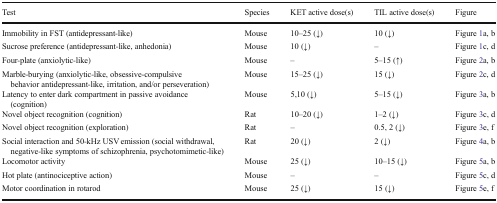
| Test | Species | KET active dose(s) | TIL active dose(s) | Figure |
 | --- | --- | --- | --- | --- |
 | Immobility in FST (antidepressant-like) | Mouse | 10–25 (↓) | 10 (↓) | Figure 1a, b |
 | Sucrose preference (antidepressant-like, anhedonia) | Mouse | 10 (↓) | – | Figure 1c, d |
 | Four-plate (anxiolytic-like) | Mouse | – | 5–15 (↑) | Figure 2a, b |
 | Marble-burying (anxiolytic-like, obsessive-compulsive behavior antidepressant-like, irritation, and/or perseveration) | Mouse | 15–25 (↓) | 15 (↓) | Figure 2c, d |
 | Latency to enter dark compartment in passive avoidance (cognition) | Mouse | 5,10 (↓) | 5–15 (↓) | Figure 3a, b |
 | Novel object recognition (cognition) | Rat | 10–20 (↓) | 1–2 (↓) | Figure 3c, d |
 | Novel object recognition (exploration) | Rat | – | 0.5, 2 (↓) | Figure 3e, f |
 | Social interaction and 50-kHz USV emission (social withdrawal, negative-like symptoms of schizophrenia, psychotomimetic-like) | Rat | 20 (↓) | 2 (↓) | Figure 4a, b |
 | Locomotor activity | Mouse | 25 (↓) | 10–15 (↓) | Figure 5a, b |
 | Hot plate (antinociceptive action) | Mouse | – | – | Figure 5c, d |
 | Motor coordination in rotarod | Mouse | 25 (↓) | 15 (↓) | Figure 5e, f |